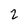
Character: 2